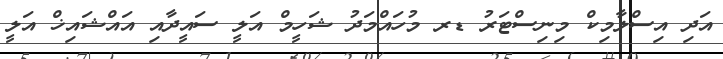
އަދި އިސްލާމިކް މިނިސްޓަރު ޑރ މުހައްމަދު ޝަހީމް އަލީ ސައީދާއި އައްޝައިޚް އަލީ